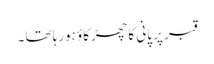
قبر پر پانی کا چھڑکاؤ ہورہا تھا ۔